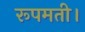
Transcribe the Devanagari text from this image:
रूपमती।